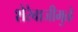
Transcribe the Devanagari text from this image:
शेरेबाजीमुळे